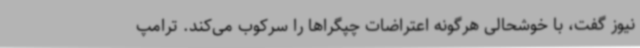
نیوز گفت، با خوشحالی هرگونه اعتراضات چپگراها را سرکوب می‌کند. ترامپ